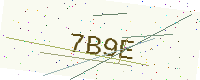
Text: 7B9E